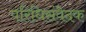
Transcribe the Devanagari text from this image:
परिधिसंवेदक